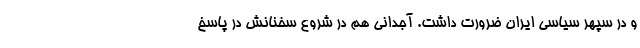
و در سپهر سیاسی ایران ضرورت داشت. آجدانی هم در شروع سخنانش در پاسخ